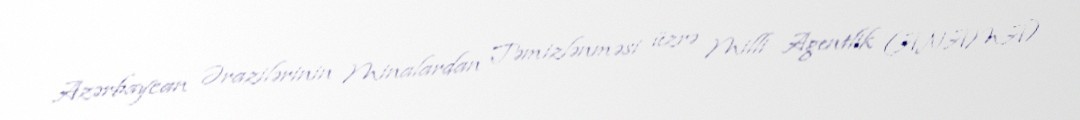
Azərbaycan Ərazilərinin Minalardan Təmizlənməsi üzrə Milli Agentlik (ANAMA)